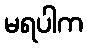
မရပါက